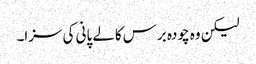
لیکن وہ چودہ برس کالے پانی کی سزا۔